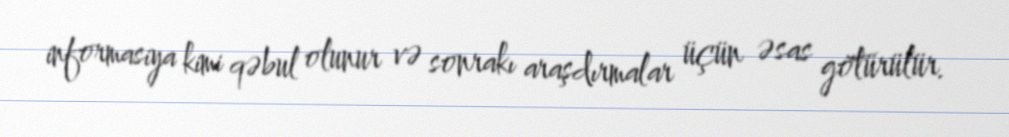
informasiya kimi qəbul olunur və sonrakı araşdırmalar üçün əsas götürülür.